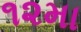
૧૨મા